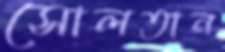
সোলতান